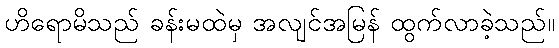
ဟိရောမိသည် ခန်းမထဲမှ အလျင်အမြန် ထွက်လာခဲ့သည်။